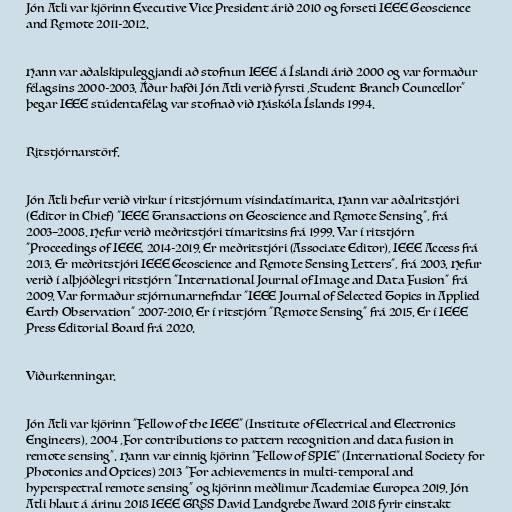
Jón Atli var kjörinn Executive Vice President árið 2010 og forseti IEEE Geoscience
and Remote 2011-2012.

Hann var aðalskipuleggjandi að stofnun IEEE á Íslandi árið 2000 og var formaður
félagsins 2000-2003. Áður hafði Jón Atli verið fyrsti ,Student Branch Councellor”
þegar IEEE stúdentafélag var stofnað við Háskóla Íslands 1994.

Ritstjórnarstörf.

Jón Atli hefur verið virkur í ritstjórnum vísindatímarita. Hann var aðalritstjóri
(Editor in Chief) "IEEE Transactions on Geoscience and Remote Sensing", frá
2003–2008. Hefur verið meðritstjóri tímaritsins frá 1999. Var í ritstjórn
"Proceedings of IEEE, 2014-2019. Er meðritstjóri (Associate Editor), IEEE Access frá
2013. Er meðritstjóri IEEE Geoscience and Remote Sensing Letters", frá 2003. Hefur
verið í alþjóðlegri ritstjórn "International Journal of Image and Data Fusion" frá
2009. Var formaður stjórnunarnefndar "IEEE Journal of Selected Topics in Applied
Earth Observation" 2007-2010. Er í ritstjórn "Remote Sensing" frá 2015. Er í IEEE
Press Editorial Board frá 2020.

Viðurkenningar.

Jón Atli var kjörinn "Fellow of the IEEE" (Institute of Electrical and Electronics
Engineers), 2004 ,For contributions to pattern recognition and data fusion in
remote sensing”. Hann var einnig kjörinn "Fellow of SPIE" (International Society for
Photonics and Optices) 2013 “For achievements in multi-temporal and
hyperspectral remote sensing” og kjörinn meðlimur Academiae Europea 2019. Jón
Atli hlaut á árinu 2018 IEEE GRSS David Landgrebe Award 2018 fyrir einstakt